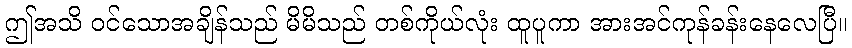
ဤအသိ ဝင်သောအချိန်သည် မိမိသည် တစ်ကိုယ်လုံး ထူပူကာ အားအင်ကုန်ခန်းနေလေပြီ။